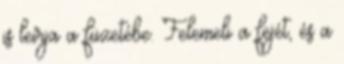
is leírja a füzetébe. Felemeli a fejét, és a